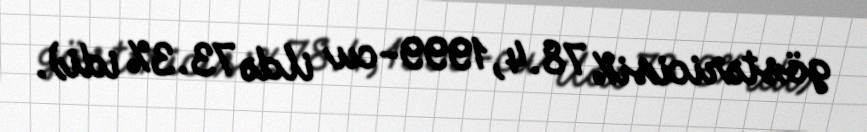
göstəricisi% 78.4, 1999-cu ildə 73.3% idi).